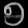
Digit: ၅